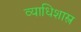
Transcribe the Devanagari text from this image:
व्याधिशास्त्र